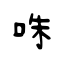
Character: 咮